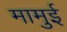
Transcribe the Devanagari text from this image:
मामुई